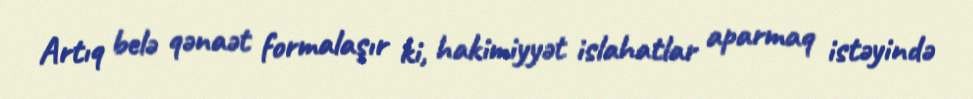
Artıq belə qənaət formalaşır ki, hakimiyyət islahatlar aparmaq istəyində